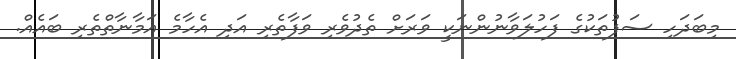
މިބަދަހި ސަފުތަކުގެ ފަހުލަވާނުންނަކީ ވަރަށް ތެދުވެރި ވަފާތެރި އަދި އެހާމެ އަމާނާތްތެރި ބައެއް.